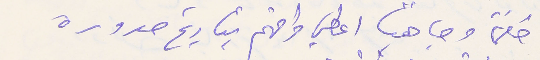
حكماً وجاهيًا اعطي وافهم بتاريخ صدوره